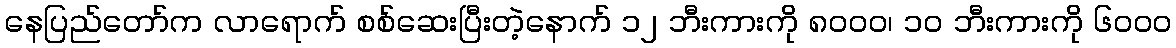
နေပြည်တော်က လာရောက် စစ်ဆေးပြီးတဲ့နောက် ၁၂ ဘီးကားကို ၈၀၀၀၊ ၁၀ ဘီးကားကို ၆၀၀၀